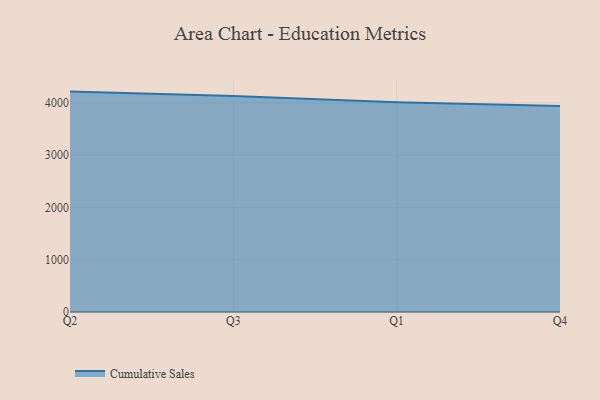
{"axis": {"x": "Quarter", "y": "Backlog"}, "legend": ["Cumulative Sales"], "data": [{"x": "Q2", "y": 4215.2, "type": "Cumulative Sales"}, {"x": "Q3", "y": 4131.8, "type": "Cumulative Sales"}, {"x": "Q1", "y": 4011.8, "type": "Cumulative Sales"}, {"x": "Q4", "y": 3940.6, "type": "Cumulative Sales"}]}